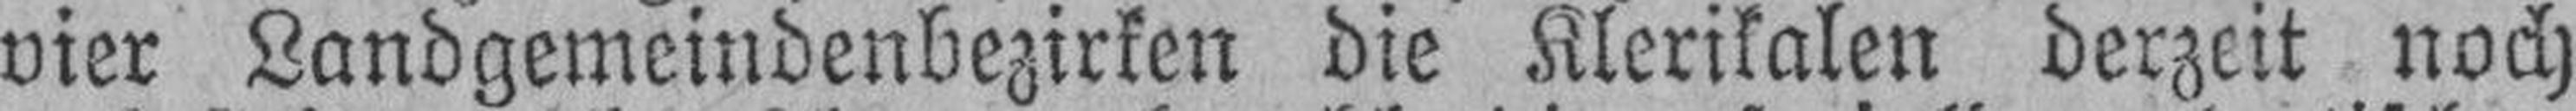
vier Landgemeindenbezirken die Klerikalen derzeit noch